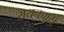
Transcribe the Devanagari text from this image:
रायनचाही